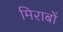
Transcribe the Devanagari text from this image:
मिराबों